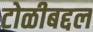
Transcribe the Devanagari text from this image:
टोळीबद्दल